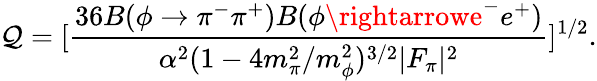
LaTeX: \mathcal{Q}=[\frac{{36B(\phi\rightarrow\pi^{-}\pi^{+})B(\phi\rightarrowe^{-}e^{+})}}{{\alpha^{2}(1-4m_{\pi}^{2}/m_{\phi}^{2})^{3/2}|F_{\pi}|^{2}}}]^{1/2}.